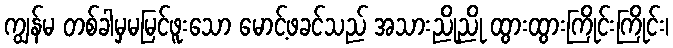
ကျွန်မ တစ်ခါမှမမြင်ဖူးသော မောင့်ဖခင်သည် အသားညိုညို ထွားထွားကြိုင်းကြိုင်း၊